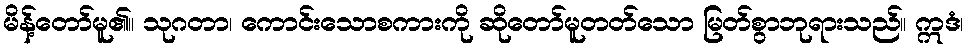
မိန့်တော်မူ၏။ သုဂတာ၊ ကောင်းသောစကားကို ဆိုတော်မူတတ်သော မြတ်စွာဘုရားသည်။ ဣဒံ၊